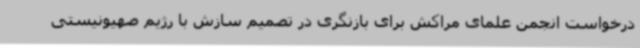
درخواست انجمن علمای مراکش برای بازنگری در تصمیم سازش با رژیم صهیونیستی